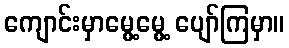
ကျောင်းမှာမွေ့မွေ့ ပျော်ကြမှာ။